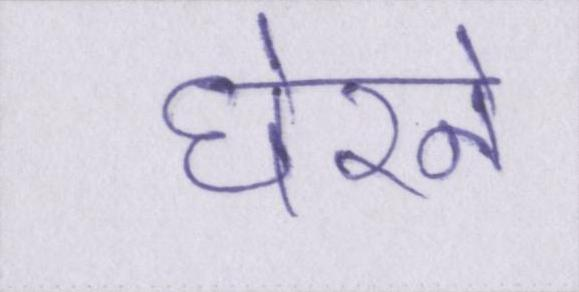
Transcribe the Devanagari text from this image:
घेरने